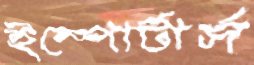
ইম্পোর্টার্স